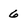
Character: 6